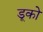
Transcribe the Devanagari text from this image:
डूको